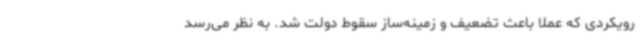
رویکردی که عملا باعث تضعیف و زمینه‌ساز سقوط دولت شد. به نظر می‌رسد